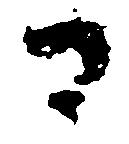
可